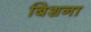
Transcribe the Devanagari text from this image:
बिशना